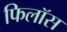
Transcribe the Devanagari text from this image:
फिलॉस